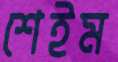
শেইম